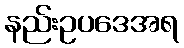
နည်းဥပဒေအရ